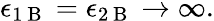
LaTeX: \epsilon_{1\mathrm{~B~}}=\epsilon_{2\mathrm{~B~}}\rightarrow\infty.